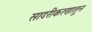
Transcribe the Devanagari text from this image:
सादरीकरणातून